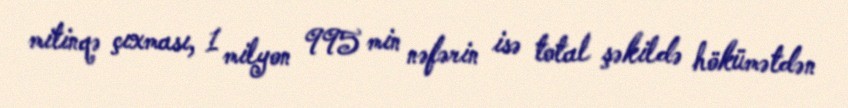
mitinqə çıxması, 1 milyon 995 min nəfərin isə total şəkildə hökümətdən